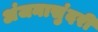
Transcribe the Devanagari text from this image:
अंजनासुंदरी